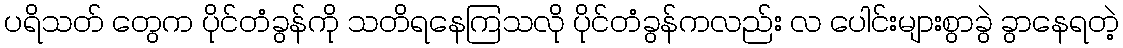
ပရိသတ် တွေက ပိုင်တံခွန်ကို သတိရနေကြသလို ပိုင်တံခွန်ကလည်း လ ပေါင်းများစွာခွဲ ခွာနေရတဲ့